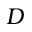
D